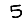
Digit: 5